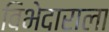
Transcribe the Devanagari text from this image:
विभेदाराला